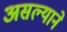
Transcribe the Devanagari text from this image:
असल्याने